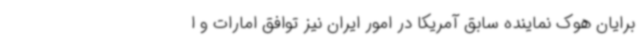
برایان هوک نماینده سابق آمریکا در امور ایران نیز توافق امارات و ا